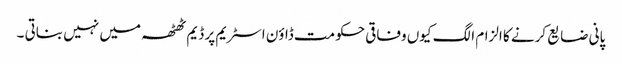
پانی ضایع کرنے کا الزام الگ کیوں وفاقی حکومت ڈاؤن اسٹریم پر ڈیم ٹھٹھہ میں نہیں بناتی ۔